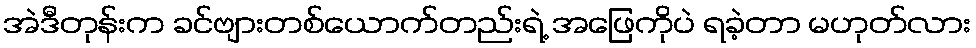
အဲဒီတုန်းက ခင်ဗျားတစ်ယောက်တည်းရဲ့ အဖြေကိုပဲ ရခဲ့တာ မဟုတ်လား